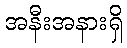
အနီးအနားရှိ